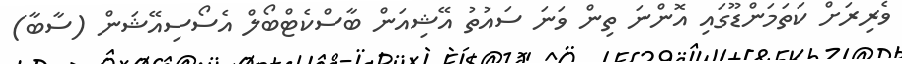
ވެރިރަށް ކަތަމަންޑޫގައި އޮންނަ ތިން ވަނަ ސައުތު އޭޝިއަން ބާސްކެޓްބޯލް އެސޯސިއޭޝަން (ސާބާ)